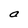
Character: a